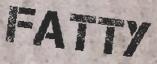
FATTY